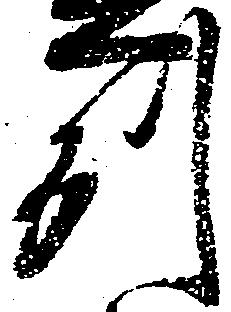
州